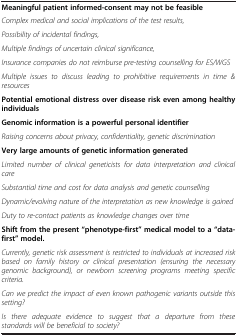
| <COLSPAN=2> Meaningful patient informed-consent may not be feasible |
 | --- | --- |
 | <COLSPAN=2> Complex medical and social implications of the test results, |
 | <COLSPAN=2> Possibility of incidental findings, |
 | <COLSPAN=2> Multiple findings of uncertain clinical significance, |
 | <COLSPAN=2> Insurance companies do not reimburse pre-testing counselling for ES/WGS |
 | <COLSPAN=2> Multiple issues to discuss leading to prohibitive requirements in time & resources |
 | <COLSPAN=2> Potential emotional distress over disease risk even among healthy individuals |
 | <COLSPAN=2> Genomic information is a powerful personal identifier |
 | <COLSPAN=2> Raising concerns about privacy, confidentiality, genetic discrimination |
 | <COLSPAN=2> Very large amounts of genetic information generated |
 | <COLSPAN=2> Limited number of clinical geneticists for data interpretation and clinical care |
 | <COLSPAN=2> Substantial time and cost for data analysis and genetic counselling |
 | <COLSPAN=2> Dynamic/evolving nature of the interpretation as new knowledge is gained |
 | <COLSPAN=2> Duty to re-contact patients as knowledge changes over time |
 | <COLSPAN=2> Shift from the present “phenotype-first” medical model to a “data-first” model. |
 | <COLSPAN=2> Currently, genetic risk assessment is restricted to individuals at increased risk based on family history or clinical presentation (ensuring the necessary genomic background), or newborn screening programs meeting specific criteria. |
 | <COLSPAN=2> Can we predict the impact of even known pathogenic variants outside this setting? |
 | <COLSPAN=2> Is there adequate evidence to suggest that a departure from these standards will be beneficial to society? |